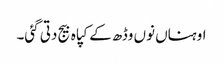
اوہناں نوں وڈھ کے کپاہ بیج دتی گئی۔